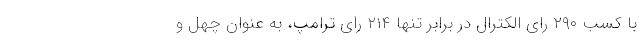
با کسب ۲۹۰ رای الکترال در برابر تنها ۲۱۴ رای ترامپ، به عنوان چهل و